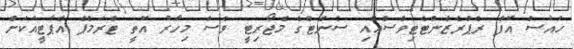
ހައުސް އޮފް ރެޕްރެޒެންޓެޓިވްސްއާއި ސެެނެޓްގެ މެޖޯރިޓީ ވެސް މިހާރު އޮތީ ޓްރަމްޕް އެޕާޓީއަކަށް